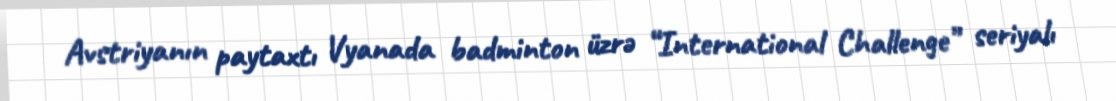
Avstriyanın paytaxtı Vyanada badminton üzrə “International Challenge” seriyalı